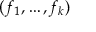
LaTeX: ( f _ { 1 } , \dots , f _ { k } )